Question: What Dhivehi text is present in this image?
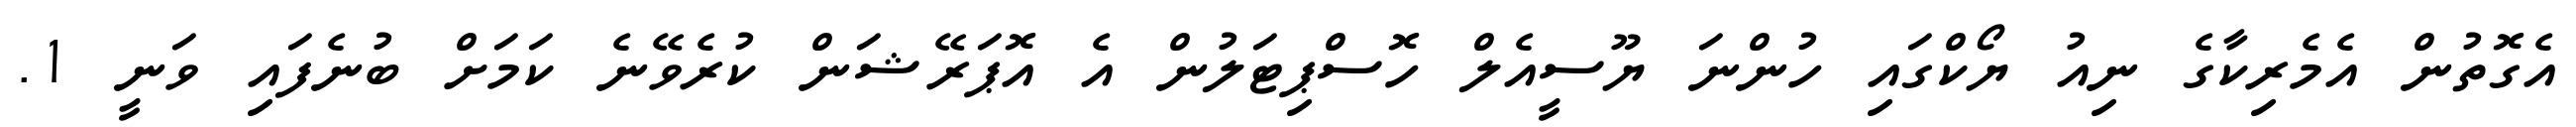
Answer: އެގޮތުން އެމެރިކާގެ ނިއު ޔޯކްގައި ހުންނަ ޔޫސީއެލް ހޮސްޕިޓަލުން އެ އޮޕަރޭޝަން ކުރެވޭނެ ކަމަށް ބުނެފައި ވަނީ 1.